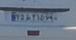
۲۵ط۲۱۵۷۹